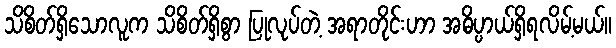
သိစိတ်ရှိသောလူက သိစိတ်ရှိစွာ ပြုလုပ်တဲ့ အရာတိုင်းဟာ အဓိပ္ပာယ်ရှိရလိမ့်မယ်။